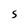
Character: s